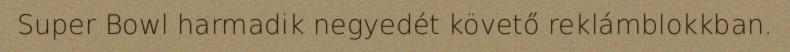
Super Bowl harmadik negyedét követő reklámblokkban.